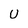
Character: U